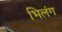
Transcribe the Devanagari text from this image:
भिलंग